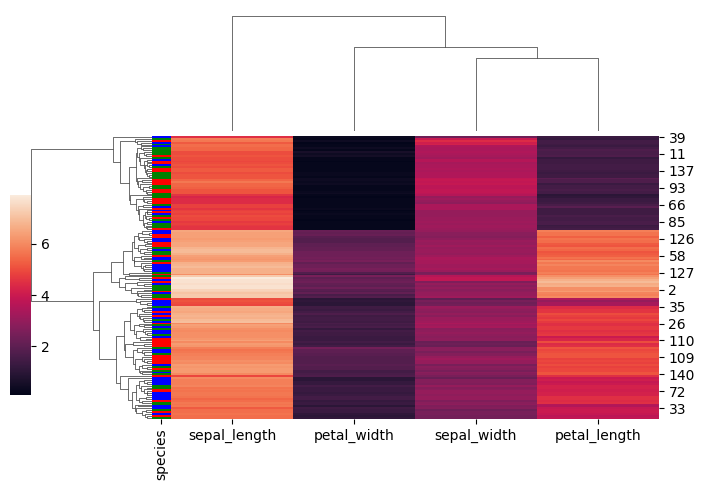
python, seaborn, clustermap, figsize=(7, 5), row_cluster=True, dendrogram_ratio=(0.2, 0.3), cbar_pos=(0, 0.2, 0.03, 0.4)